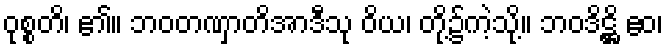
ဝုစ္စတိ၊ ၏။ ဘဝတဏှာတိအာဒီသု ဝိယ၊ တို့၌ကဲ့သို့။ ဘဝဒိဋ္ဌိ ဧဝ၊